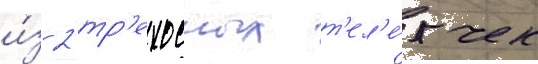
и́з 2 тр'ехосных т'ел'е́жек